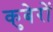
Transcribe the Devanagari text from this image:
कुबेरों